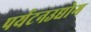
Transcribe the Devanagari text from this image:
पर्यटनउद्योग